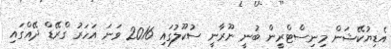
އެޑިޔުކޭޝަން މިނިސްޓްރީން ބުނީ ނޫރާނީ ސުކޫލުގައި 2016 ވަނަ އަަހަރު ގްރޭޑް ދޭއްގައި